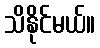
သိနိုင်မယ်။